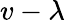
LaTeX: v-\lambda